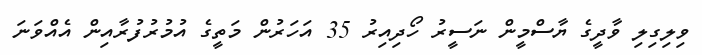
ވިލިގިލި ވާދީގެ ޔާސްމީން ނަސީރު ހޯދިއިރު 35 އަހަރުން މަތީގެ އުމުރުފުރާއިން އެއްވަނަ